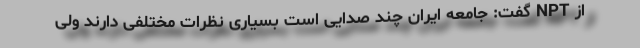
از NPT گفت: جامعه ایران چند صدایی است بسیاری نظرات مختلفی دارند ولی